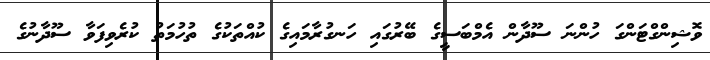
ވޮޝިންގްޓަންގަ ހުންނަ ސޫދާން އެމްބަސީގެ ބޭރުގައި ހަނގުރާމައިގެ ކުއްތަކުގެ ތުހުމަތު ކުރެވިފަވާ ސޫދާނުގެ